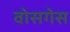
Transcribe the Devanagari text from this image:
वोसगेस